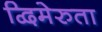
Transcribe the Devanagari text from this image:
द्विमेरुता